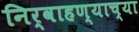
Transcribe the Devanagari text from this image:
निर्वाहण्याच्या